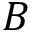
B